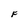
Character: F